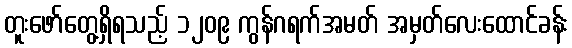
တူးဖော်တွေ့ရှိရသည့် ၁၂၀၉ ကွန်ဂရက်အမတ် အမှတ်လေးထောင်ခန်း